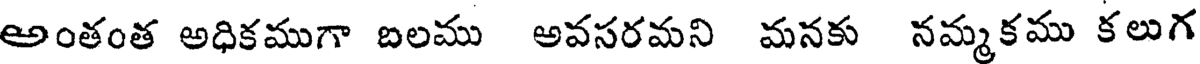
అంతంత అధికముగా బలము అవసరమని మనకు నమ్మకము కలుగ